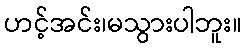
ဟင့်အင်း၊မသွားပါဘူး။